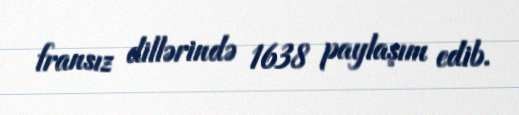
fransız dillərində 1638 paylaşım edib.